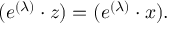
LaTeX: ( e ^ { ( \lambda ) } \cdot z ) = ( e ^ { ( \lambda ) } \cdot x ) .